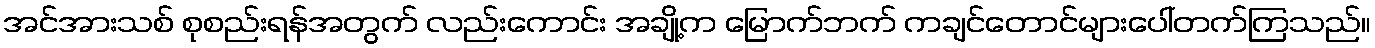
အင်အားသစ် စုစည်းရန်အတွက် လည်းကောင်း အချို့က မြောက်ဘက် ကချင်တောင်များပေါ်တက်ကြသည်။